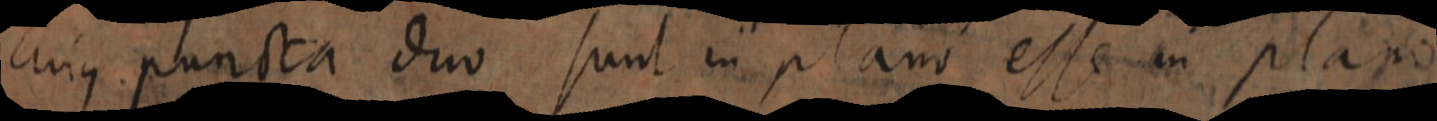
cujus puncta duo sunt in plano esse in plano